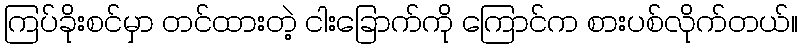
ကြပ်ခိုးစင်မှာ တင်ထားတဲ့ ငါးခြောက်ကို ကြောင်က စားပစ်လိုက်တယ်။